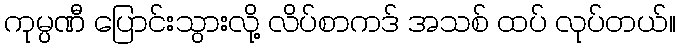
ကုမ္ပဏီ ပြောင်းသွားလို့ လိပ်စာကဒ် အသစ် ထပ် လုပ်တယ်။